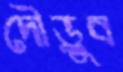
দৌড়ুব